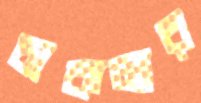
চাকমার